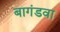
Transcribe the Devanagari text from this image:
बागंडवा